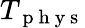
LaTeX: T_{\mathrm{~p~h~y~s~}}